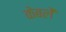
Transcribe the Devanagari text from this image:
केबलें